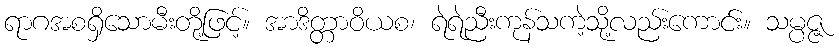
ရာဂအစရှိသောမီးတို့ဖြင့်။ အာဒိတ္တာဝိယစ၊ ရဲရဲညီးကုန်သကဲ့သို့လည်းကောင်း။ သမ္ပဇ္ဇ